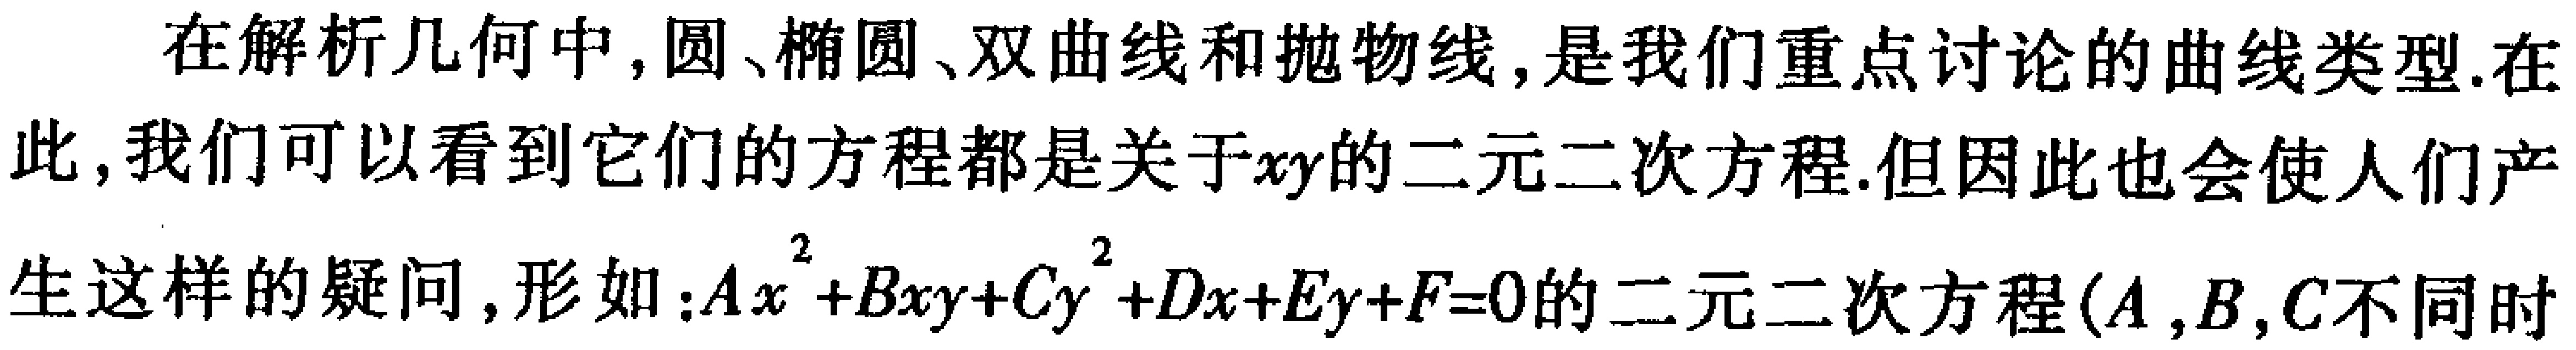
在解析几何中, 圆、椭圆、双曲线和抛物线, 是我们重点讨论的曲线类型. 在此, 我们可以看到它们的方程都是关于\(x y\)的二元二次方程. 但因此也会使人们产生这样的疑问, 形如：\(Ax^{2}+Bxy + Cy^{2}+Dx + Ey+F = 0\)的二元二次方程(\(A,B,C\)不同时